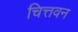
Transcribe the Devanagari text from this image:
चित्तवन